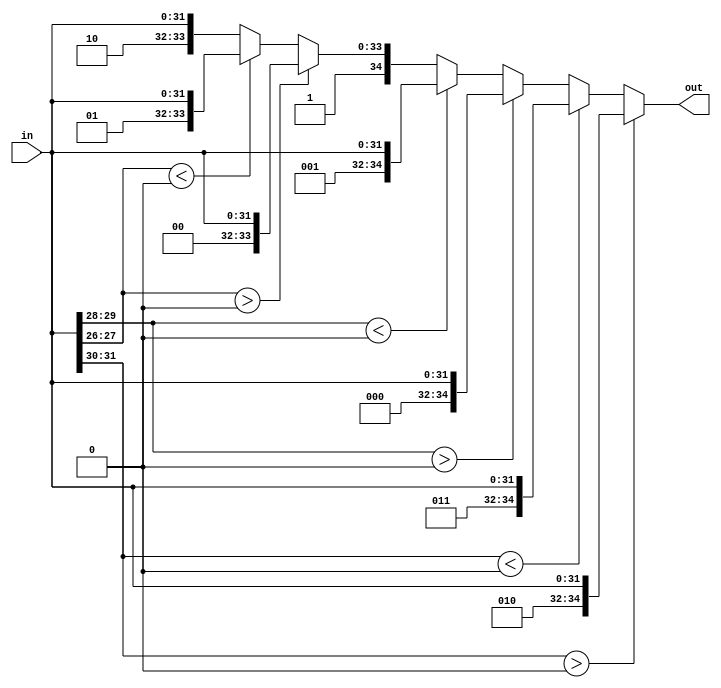
module singleflit #(parameter xn=2'b00, parameter yn=2'b00, parameter zn=2'b00)(in, out);
input [31:0] in;
output reg [34:0]out;
                                 
always@(*)
begin                                             //XYZ routing algo for single flit 
  if(in[31:30]>xn)
      out = {3'b010, in};                         /*  OUTPUT ENCODING : 000-N  001-S   010-E   011-W   100-U   101-D   110- PE */
  else if(in[31:30]<xn) 
     out = {3'b011,in};                          // FOR 32 BIT [31:0]  ,[31:30]=X, [29:28]=Y, [27:26]=Z
  else         
    begin
      if(in[29:28]>yn)
         out = {3'b000, in};
      else if(in[29:28]<yn) 
          out = {3'b001, in}; 
      else
        begin
          if(in[27:26]>zn)
              out = {3'b100, in};
         else if(in[27:26]<yn) 
              out = {3'b101, in};
         else
              out = {3'b110, in};      
          
        end   
      
    end    
end

endmodule

module xyz #(parameter xn=2'b00, parameter yn=2'b00, parameter zn=2'b00)(northin, southin, eastin, westin, upin, downin, pein, northout, southout, eastout, westout, upout, downout, peout);

input [31:0]northin, southin, eastin, westin, upin, downin, pein;
output [34:0]northout, southout, eastout, westout, upout, downout, peout;       //ZXY ALGO WITH 7-INPUT(6BITS) 7-OUTPUT(3BITS)


singleflit #(xn, yn, zn) r0(northin, northout);
singleflit #(xn, yn, zn) r1(southin, southout);
singleflit #(xn, yn, zn) r2(eastin, eastout);                              
singleflit #(xn, yn, zn) r3(westin, westout);
singleflit #(xn, yn, zn) r4(upin, upout);
singleflit #(xn, yn, zn) r5(downin, downout);
singleflit #(xn, yn, zn) r6(pein, peout);

endmodule

module ejectarbiter (input1,input2,out);
input[34:0]input1,input2;
output reg [34:0]out;
reg in1state, in2state;

always@(*)
begin                                           
    if(input1[34:33]==2'b11)
      in1state =1'b1;
    else
     in1state =1'b0;
    
    if(input2[34:33]==2'b11)
     in2state =1'b1;
    else
     in2state =1'b0;  

  if((input1[25] ==1) && (in1state ==1)) 
     out <=input1;
  else if((input2[25] ==1) && (in2state ==1)) 
     out <=input2;
  else if( in1state ==1) 
     out <=input1;
  else if( in2state ==1) 
     out <=input2;
  else 
     out <=35'b00000000000000000000000000000000000;
end
endmodule

module kill(kill,nin,sin,ein,win,uin,din,nout,sout,eout,wout,uout,dout);      //killstage
input [34:0]nin, sin, ein, win, uin, din, kill;
output reg [34:0]nout,sout,eout,wout, uout, dout;
always@(*)
begin
 
  if (nin==kill)
  begin
     nout <=35'b00000000000000000000000000000000000;
     sout <=sin;
     eout <=ein;
     wout <=win;
     uout <=uin;
     dout <=din;
    end
  else if (sin==kill)
  begin
     nout <=nin;
     sout <=35'b00000000000000000000000000000000000;
     eout <=ein;
     wout <=win;
     uout <=uin;
     dout <=din;
    end  
  else if (ein==kill)
  begin
     nout <=nin;
     sout <=sin;
     eout <=35'b00000000000000000000000000000000000;
     uout <=uin;
     dout <=din;
    end  
  else if (win==kill)
  begin
     nout <=nin;
     sout <=sin;
     eout <=ein;
     wout <=35'b00000000000000000000000000000000000;
     uout <=uin;
     dout <=din;
    end 
    else if (uin==kill)
  begin
     nout <=nin;
     sout <=sin;
     eout <=ein;
     uout <=35'b00000000000000000000000000000000000;
     wout <=win;
     dout <=din;
    end 
    else if (din==kill)
  begin
     nout <=nin;
     sout <=sin;
     eout <=ein;
     dout <=35'b00000000000000000000000000000000000;
     uout <=uin;
     wout <=win;
    end 
   else 
   begin
     nout <=nin;
     sout <=sin;
     eout <=ein;
     wout <=win;
     uout <=uin;
     dout <=din;
     
    end 
end

endmodule

module ejector (nin,sin,ein,win,uin,din,nout,sout,eout,wout,uout,dout,eject);                //ejector
input [34:0]nin, sin, ein, win, uin, din;
output  [34:0]nout,sout,eout,wout, uout, dout;
output reg[31:0] eject;
wire [34:0]out1,out2,out3,out4,out5;

ejectarbiter  ea1(nin,ein,out1);
ejectarbiter  ea2(sin,win,out2);
ejectarbiter  ea3(uin,din,out3);
ejectarbiter  ea4(out1,out2,out4);
ejectarbiter  ea5(out4,out3,out5);
kill          k(out5,nin,sin,ein,win,uin,din,nout,sout,eout,wout,uout,dout);
always@(*)
eject=out5[31:0];

endmodule  

module injector (n_in, s_in, e_in, w_in, u_in, d_in, pein, n_out, s_out, e_out, w_out, u_out, d_out, inject_request, inject_grant);
input [34:0]n_in, s_in, e_in, w_in, pein, u_in, d_in;
input inject_request;
output reg inject_grant;
output reg [34:0]n_out,s_out,e_out,w_out, u_out, d_out;

always@(*)
begin
  if(inject_request==1)
  begin  
     if(n_in==35'b00000000000000000000000000000000000)
      begin
         n_out=pein;
         s_out=s_in;
         e_out=e_in;
         w_out=w_in;
         u_out=u_in;
         d_out=d_in;
         inject_grant=1'b1;

        end
     else if(s_in==35'b00000000000000000000000000000000000)
        begin
         s_out=pein;
         n_out=n_in;
         e_out=e_in;
         w_out=w_in;
         u_out=u_in;
         d_out=d_in;
         inject_grant=1;
        end 
     else if(e_in==35'b00000000000000000000000000000000000)
        begin
         e_out=pein;
         s_out=s_in;
         n_out=n_in;
         w_out=w_in;
         u_out=u_in;
         d_out=d_in;
         inject_grant=1;
        end 
     else if(w_in==35'b00000000000000000000000000000000000)
      begin
         w_out=pein;
         s_out=s_in;
         e_out=e_in;
         n_out=n_in;
         u_out=u_in;
         d_out=d_in;
         inject_grant=1;
        end 
      else if(u_in==35'b00000000000000000000000000000000000)
       begin
         u_out=pein;
         n_out=n_in;
         e_out=e_in;
         w_out=w_in;
         s_out=s_in;
         d_out=d_in;
         inject_grant=1;
        end 
     else if(d_in==35'b00000000000000000000000000000000000)
      begin
         d_out=pein;
         n_out=n_in;
         e_out=e_in;
         w_out=w_in;
         u_out=u_in;
         s_out=s_in;
         inject_grant=1;
        end 
     else
      begin
         n_out=n_in;
         s_out=s_in;
         e_out=e_in;
         w_out=w_in;
         u_out=u_in;
         d_out=d_in;
         inject_grant=0;
        end     
    end
 else
    begin
     n_out=n_in;
     s_out=s_in;
     e_out=e_in;
     w_out=w_in;
     u_out=u_in;
     d_out=d_in;
     inject_grant=0;
    end
end    
endmodule

module eject_inject(n_inn, s_inn, e_inn, w_inn, u_inn, d_inn, peinn, n_outt, s_outt, e_outt, w_outt, u_outt, d_outt, peoutt, inject_request, inject_grant);
input [34:0]n_inn, s_inn, e_inn, w_inn, peinn, u_inn, d_inn;
input inject_request, inject_grant;
output  [34:0]n_outt,s_outt,e_outt,w_outt, u_outt, d_outt;
output  [31:0]peoutt;
wire[34:0] w1,w2,w3,w4,w5,w6;

ejector  e1(n_inn, s_inn, e_inn, w_inn, u_inn, d_inn, w1, w2, w3, w4, w5, w6, peoutt);
injector i1(w1, w2, w3, w4, w5, w6, peinn, n_outt, s_outt, e_outt, w_outt, u_outt, d_outt, inject_request, inject_grant);
endmodule

module arbiter_stage1( in1,in2,out1,out2);      
input [34:0]in1,in2;
output reg [34:0] out1,out2;
	
    always@(in1,in2) 
    begin
	  if(in1[25]==1)
        begin
            if(in1[33]==0)
            begin  
                out1<=in1;
                out2<=in2;
            end
            else
             begin  
                out1<=in2;
                out2<=in1;
            end
        end

     else if(in2[25]==1)
        begin
            if(in2[33]==0)
            begin  
                out1<=in2;
                out2<=in1;
            end
            else
             begin  
                out1<=in1;
                out2<=in2;
            end
        end
     else if (in1[34]==1) 
        begin
         out1<=in1;
         out2<=in2;
        end
     else if (in2[34]==1) 
        begin
         out1<=in2;
         out2<=in1;
        end   
     else 
        begin
         out1<=in1;
         out2<=in2;
        end   

    end
endmodule

module arbiter_stage1x( inn1,inn2,outt1,outt2);      
input [34:0]inn1,inn2;
output reg [34:0] outt1,outt2;
	
    always@(inn1,inn2) 
    begin
	  if(inn1[25]==1)
        begin
            if((inn1[33]==0)&&(inn1[34]==0))
            begin  
                outt1<=inn1;
                outt2<=inn2;
            end
            else
             begin  
                outt1<=inn2;
                outt2<=inn1;
            end
        end

     else if(inn2[25]==1)
        begin
            if((inn2[33]==0)&&(inn2[34]==0))
            begin  
                outt1<=inn2;
                outt2<=inn1;
            end
            else
             begin  
                outt1<=inn1;
                outt2<=inn2;
            end
        end
     else if (inn1[34]==1) 
        begin
         outt1<=inn2;
         outt2<=inn1;
        end
     else if (inn2[34]==1) 
        begin
         outt1<=inn1;
         outt2<=inn2;
        end      
     else 
        begin
         outt1<=inn1;
         outt2<=inn2;
        end   

    end
endmodule

module arbiter_stage2( innn1,innn2,outtt1,outtt2);      
input [34:0]innn1,innn2;
output reg [34:0] outtt1,outtt2;
	
    always@(innn1,innn2) 
    begin
	  if(innn1[25]==1)
        begin
            if(innn1[33]==0)
            begin  
                outtt1<=innn1;
                outtt2<=innn2;
            end
            else
             begin  
                outtt1<=innn2;
                outtt2<=innn1;
            end
        end

     else if(innn2[25]==1)
        begin
            if(innn2[33]==0)
            begin  
                outtt1<=innn2;
                outtt2<=innn1;
            end
            else
             begin  
                outtt1<=innn1;
                outtt2<=innn2;
            end
        end
     else if (innn1[34]==1) 
        begin
         outtt1<=innn1;
         outtt2<=innn2;
        end
     else if (innn2[34]==1) 
        begin
         outtt1<=innn2;
         outtt2<=innn1;
        end      
     else 
        begin
         outtt1<=innn1;
         outtt2<=innn2;
        end   

    end
endmodule

module arbiter_stage2x( in1,in2,out1,out2);      
input [34:0]in1,in2;
output reg [34:0] out1,out2;
	
    always@(in1,in2) 
    begin
	  if(in1[25]==1)
        begin
            if((in1[33]==0)&&(in1[34]==0))
            begin  
                out1<=in1;
                out2<=in2;
            end
            else
             begin  
                out1<=in2;
                out2<=in1;
            end
        end

     else if(in2[25]==1)
        begin
            if((in2[33]==0)&&(in2[34]==0))
            begin  
                out1<=in2;
                out2<=in1;
            end
            else
             begin  
                out1<=in1;
                out2<=in2;
            end
        end
     else if (in1[34]==1) 
        begin
         out1<=in2;
         out2<=in1;
        end
     else if (in2[34]==1) 
        begin
         out1<=in1;
         out2<=in2;
        end      
     else 
        begin
         out1<=in1;
         out2<=in2;
        end   

    end
endmodule

module arbiter_stage3( inn1,inn2,outt1,outt2);      
input [34:0]inn1,inn2;
output reg [34:0] outt1,outt2;
	
    always@(inn1,inn2) 
    begin
	  if(inn1[25]==1)
        begin
            if(inn1[32]==0)
            begin  
                outt1<=inn1;
                outt2<=inn2;
            end
            else
             begin  
                outt1<=inn2;
                outt2<=inn1;
            end
        end

     else if(inn2[25]==1)
        begin
            if(inn2[32]==0)
            begin  
                outt1<=inn2;
                outt2<=inn1;
            end
            else
             begin  
                outt1<=inn1;
                outt2<=inn2;
            end
        end
     else if(inn1[34]==1)
        begin
            if(inn1[32]==0)
            begin  
                outt1<=inn1;
                outt2<=inn2;
            end
            else
             begin  
                outt1<=inn2;
                outt2<=inn1;
            end
        end

     else if(inn2[34]==1)
        begin
            if(inn2[32]==0)
            begin  
                outt1<=inn2;
                outt2<=inn1;
            end
            else
             begin  
                outt1<=inn1;
                outt2<=inn2;
            end
        end   
     else 
        begin
         outt1<=inn1;
         outt2<=inn2;
        end   

    end
endmodule



module pdn (N_in ,S_in , E_in ,W_in, U_in, D_in, N_out, S_out, E_out, W_out, U_out, D_out);

input [34:0] N_in ,S_in , E_in , W_in, U_in, D_in;
output  [34:0] N_out, S_out, E_out, W_out, U_out, D_out;
wire [34:0]link1, link2, link3, link4, link5, link6, link7, link8, link9, link10, link11, link12;

arbiter_stage1 a1( N_in, E_in, link1, link2);
arbiter_stage1 a2( S_in, W_in, link3, link4);
arbiter_stage1x a3( U_in, D_in, link5, link6);

arbiter_stage2x a4( link1, link3, link7, link8);
arbiter_stage2 a5( link2, link5, link9, link10);
arbiter_stage2 a6( link4, link6, link11, link12);

arbiter_stage3 a7( link7, link9, N_out, S_out);
arbiter_stage3 a8( link8, link11, U_out, D_out);
arbiter_stage3 a9( link10, link12, E_out, W_out);


endmodule

module chipper #(parameter xn=2'b00, parameter yn=2'b00, zn=2'b00)(NORTHIN, SOUTHIN, EASTIN, WESTIN, UPIN, DOWNIN, PEIN, NORTHOUT, SOUTHOUT, EASTOUT, WESTOUT, UPOUT, DOWNOUT, PEOUT, inject_request, inject_grant); 

input[31:0]NORTHIN, EASTIN, SOUTHIN, WESTIN, PEIN, UPIN, DOWNIN;
output reg[31:0] NORTHOUT, EASTOUT, SOUTHOUT, WESTOUT, UPOUT, DOWNOUT;
output [31:0]PEOUT;
input inject_request;
output reg inject_grant;
wire[34:0] n1, s1, e1, w1, u1, d1, p1; 
wire[34:0] n3, s3, e3, w3, u3, d3;
wire[34:0] n4, s4, e4, w4, u4, d4;  

xyz #(xn, yn, zn) routing(NORTHIN, SOUTHIN, EASTIN, WESTIN, UPIN, DOWNIN, PEIN, n1, s1, e1, w1, u1, d1, p1);
eject_inject stage1(n1, s1, e1, w1, u1, d1, p1, n3, s3, e3, w3, u3, d3, PEOUT, inject_request, inject_grant);
pdn permutation_network(n3, s3, e3, w3, u3, d3, n4, s4, e4, w4, u4, d4);    

always@(*)
begin
    
    NORTHOUT <= n4[31:0];
    SOUTHOUT <= s4[31:0];
    EASTOUT  <= e4[31:0];
    WESTOUT  <= w4[31:0];
    UPOUT    <= u4[31:0];
    DOWNOUT  <= d4[31:0];
       
  
end
endmodule